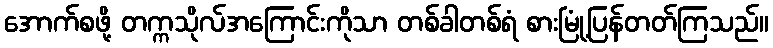
အောက်စဖို့ တက္ကသိုလ်အကြောင်းကိုသာ တစ်ခါတစ်ရံ စားမြုံ့ပြန်တတ်ကြသည်။